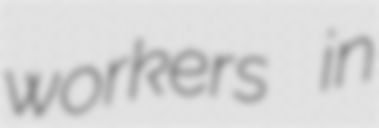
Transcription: workers in